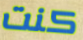
كنت